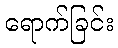
ရောက်ခြင်း